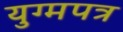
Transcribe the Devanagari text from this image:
युग्मपत्र